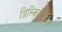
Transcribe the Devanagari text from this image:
डिस्किनेसिया